Vaccination in Bombay 1889-1901 - 1889-1901
Year: 1889
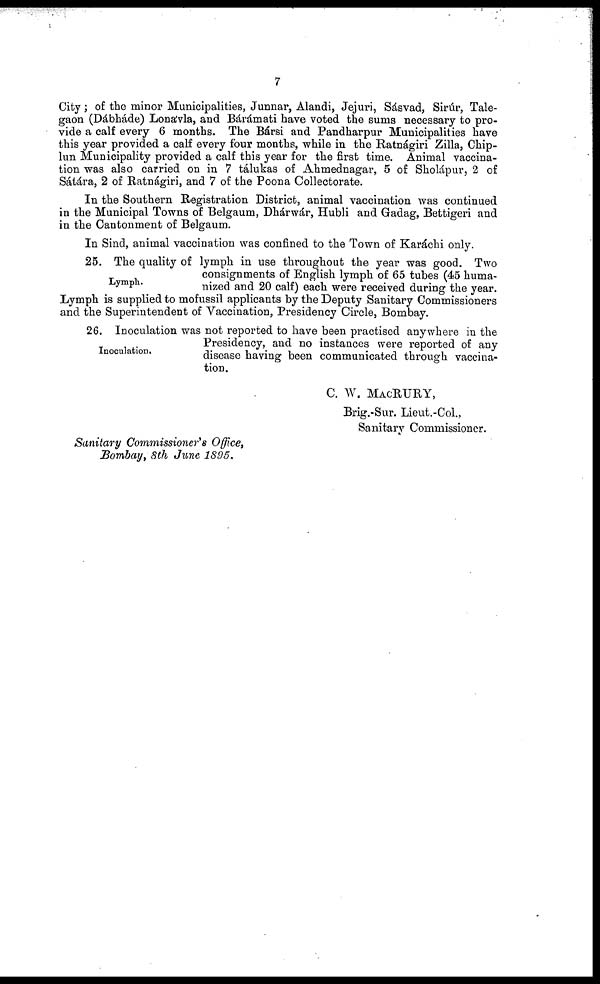
7
City; of the minor Municipalities, Junnar, Alandi, Jejuri, Sásvad, Sirúr, Tale-
gaon (Dábháde) Lonávla, and Bárámati have voted the sums necessary to pro-
vide a calf every 6 months. The Bársi and Pandharpur Municipalities have
this year provided a calf every four months, while in the Ratnágiri Zilla, Chip-
lun Municipality provided a calf this year for the first time. Animal vaccina-
tion was also carried on in 7 tálukas of Ahmednagar, 5 of Sholápur, 2 of
Sátára, 2 of Ratnágiri, and 7 of the Poona Collectorate.
In the Southern Registration District, animal vaccination was continued
in the Municipal Towns of Belgaum, Dhárwár, Hubli and Gadag, Bettigeri and
in the Cantonment of Belgaum.
In Sind, animal vaccination was confined to the Town of Karáchi only.
Lymph.
25. The quality of lymph in use throughout the year was good. Two
consignments of English lymph of 65 tubes (45 huma-
nized and 20 calf) each were received during the year.
Lymph is supplied to mofussil applicants by the Deputy Sanitary Commissioners
and the Superintendent of Vaccination, Presidency Circle, Bombay.
Inoculation.
26. Inoculation was not reported to have been practised anywhere in the
Presidency, and no instances were reported of any
disease having been communicated through vaccina-
tion.
C. W. MACRURY,
Brig.-Sur. Lieut.-Col.,
Sanitary Commissioner.
Sanitary Commissioner's Office,
Bombay, 8th June 1895.